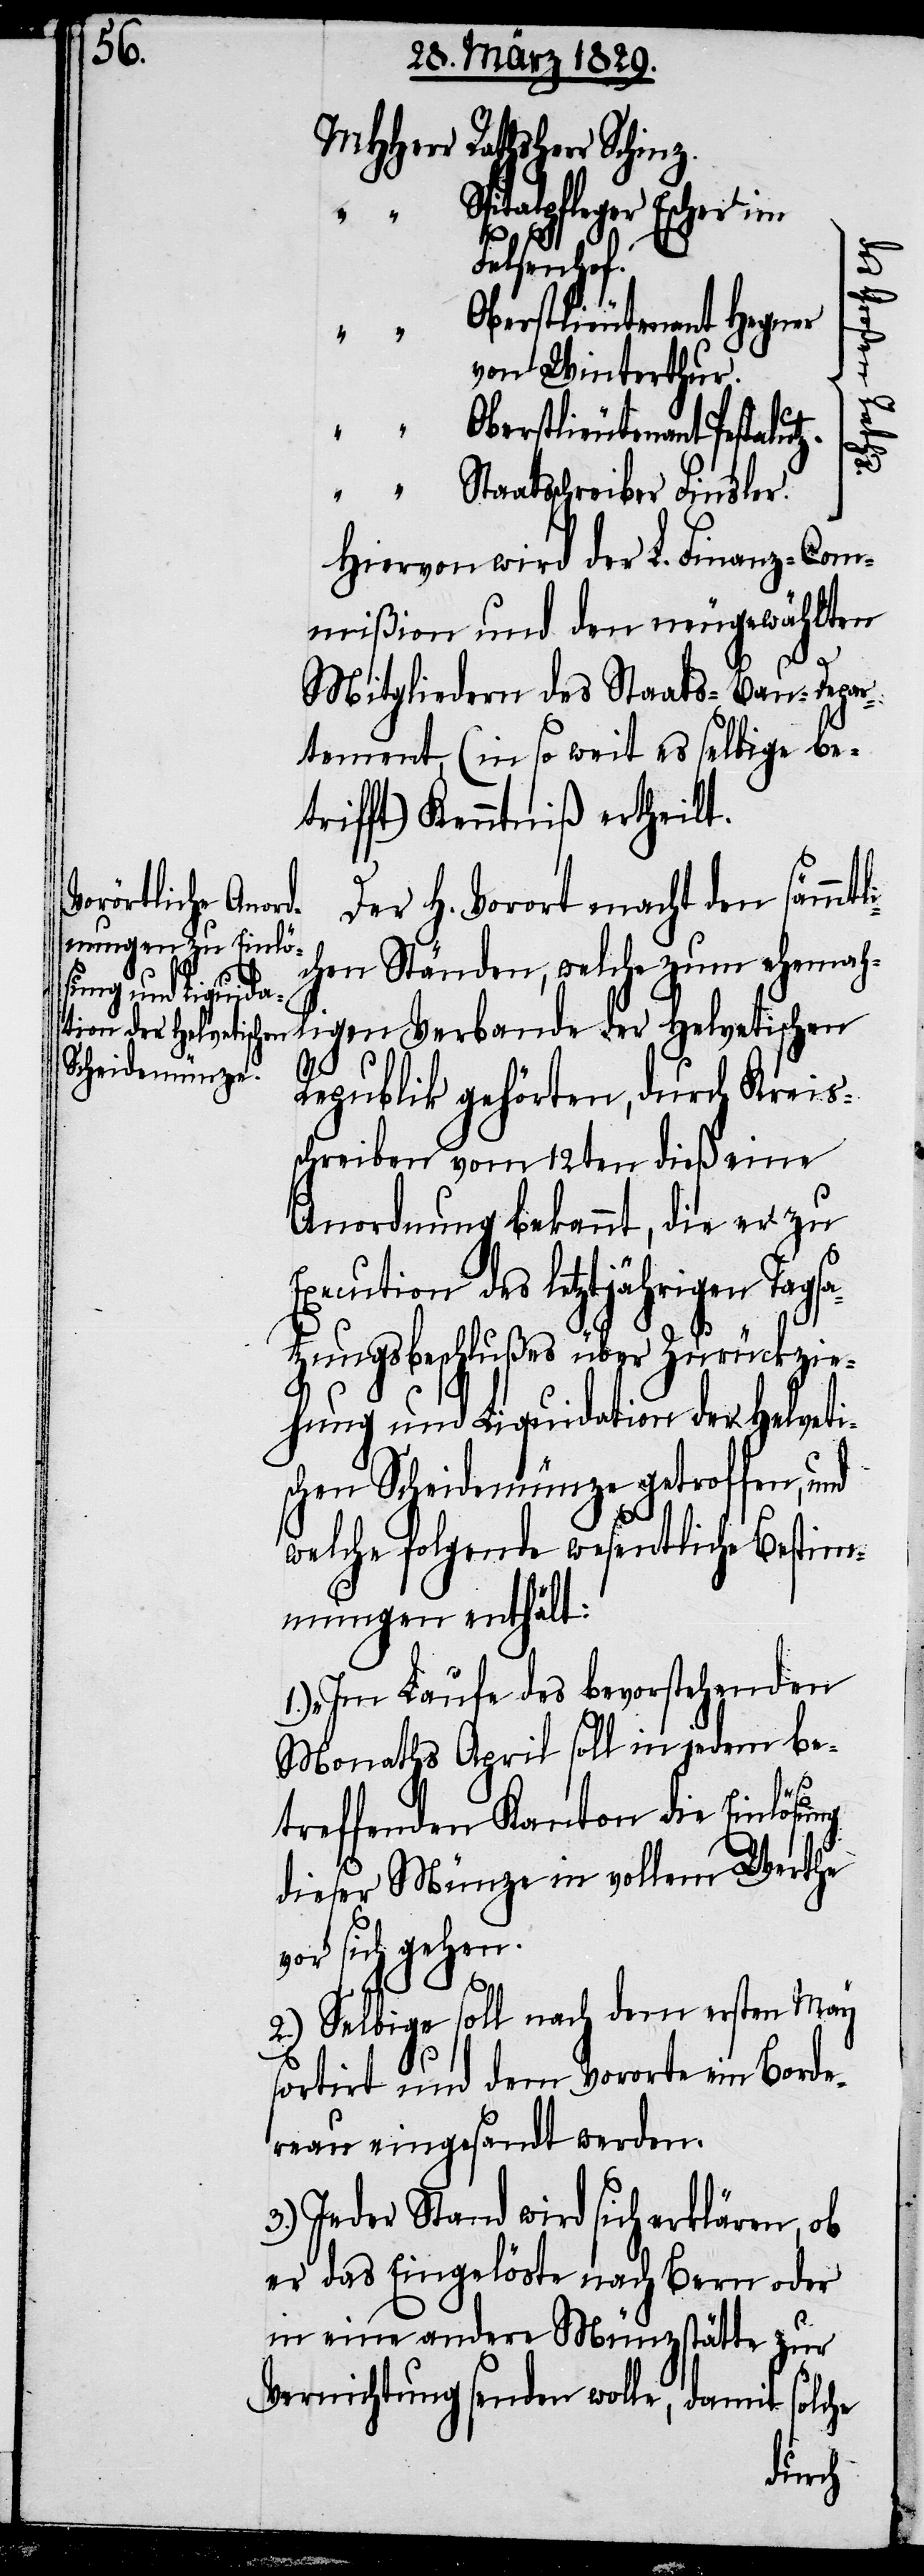
MHHerr Rathsherr Schinz
Spitalpfleger Escher im
Felsenhof.
Oberstlieutenant Hegner
von Winterthur.
“ “ Oberstlieutenant Pestalutz.
“ “ Staatsschreiber Finsler.
Hiervon wird der L. Finanz-Com¬
mißion und den neugewählten
Mitgliedern des Staat-Bau-Depar¬
tement, (in so weit es selbige be¬
trifft) Kenntniß ertheilt.
Der H. Vorort mach den sämmtl¬
ichen Ständen, welche zum ehemah¬
ligen Verbande der Helvetischen
Republik gehörten, durch Kreis¬
schreiben vom 12ten dieß eine
Anordnung bekannt, die er zu
Execution des letztjährigen Tagsa¬
tzungsbeschlußes über Zurückzie¬
hung und Liquidation der Helveti¬
schen Scheidemünze getroffen, und
welche folgende wesentliche Bestim¬
mungen enthält:
1.)“Im Laufe des bevorstehenden
Monaths April soll in jedem be¬
treffenden Kanton die Einlösung
dieser Münze in vollem Werthe
vor sich gehen.
2.) Selbige soll nach dem ersten May
sortirt und dem Vororte ein Borde¬
reau eingesandt werden.
3.) Jeder Stand wird sich erklären, ob
er das Eingelöste nach Bern oder
in eine andere Münzstätte zur
Vernichtung senden wolle, damit solche